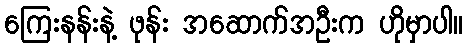
ကြေးနန်းနဲ့ ဖုန်း အဆောက်အဦးက ဟိုမှာပါ။